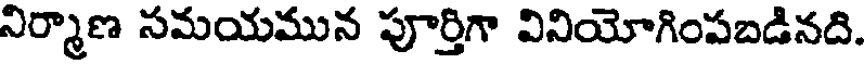
నిర్మాణ సమయమున పూర్తిగా వినియోగింపబడినది.